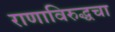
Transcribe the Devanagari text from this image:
राणाविरुद्धचा